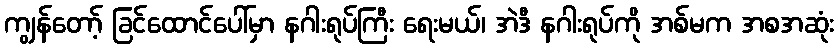
ကျွန်တော့် ခြင်ထောင်ပေါ်မှာ နဂါးရုပ်ကြီး ရေးမယ်၊ အဲဒီ နဂါးရုပ်ကို အစ်မက အစအဆုံး